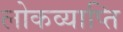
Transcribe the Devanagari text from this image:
लोकव्याप्ति